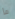
ما